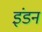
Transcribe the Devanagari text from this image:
इंडन